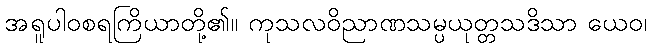
အရူပါဝစရကြိယာတို့၏။ ကုသလဝိညာဏသမ္ပယုတ္တသဒိသာ ယေဝ၊